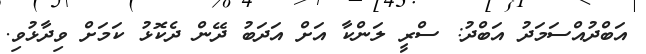
އަބްދުއްސަމަދު އަބްދު: ސްރީ ލަންކާ އަށް އަދަބު ދޭން ދެކޮޅު ކަމަށް ވިދާޅުވި.